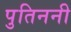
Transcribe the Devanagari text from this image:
पुतिननी